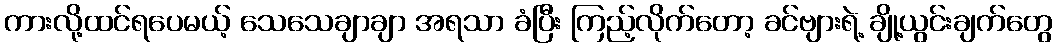
ကားလို့ထင်ရပေမယ့် သေသေချာချာ အရသာ ခံပြီး ကြည့်လိုက်တော့ ခင်ဗျားရဲ့ ချို့ယွင်းချက်တွေ